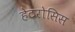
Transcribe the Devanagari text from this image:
हेटरोसिस